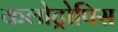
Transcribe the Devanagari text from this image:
कलोट्रोपिस